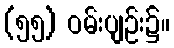
(၅၅) ဝမ်းပျဉ်း၌။